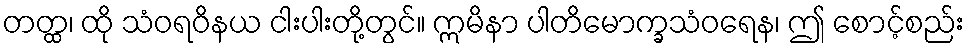
တတ္ထ၊ ထို သံဝရဝိနယ ငါးပါးတို့တွင်။ ဣမိနာ ပါတိမောက္ခသံဝရေန၊ ဤ စောင့်စည်း